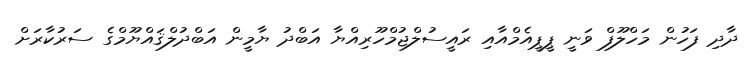
ދާދި ފަހުން މަހްލޫފް ވަނީ ޕީޕީއެމްއާއި ރައީސުލްޖުމްހޫރިއްޔާ އަބްދު ޔާމީން އަބްދުލްޤައްޔޫމްގެ ސަރުކާރަށް